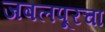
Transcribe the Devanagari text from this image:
जबलपूरचा